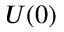
U ( 0 )